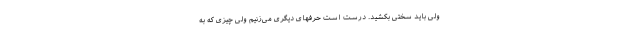
ولی باید سختی بکشید. درست است حرفهای دیگری می‌زنیم ولی چیزی که به